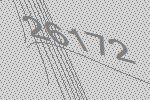
26172